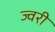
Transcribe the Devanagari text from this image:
ज्वरी